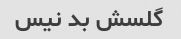
گلسش بد نیس